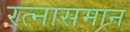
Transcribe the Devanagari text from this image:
रत्नासमान